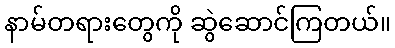
နာမ်တရားတွေကို ဆွဲဆောင်ကြတယ်။